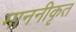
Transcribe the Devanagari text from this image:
माननीकृत